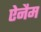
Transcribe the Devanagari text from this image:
ऐनैम